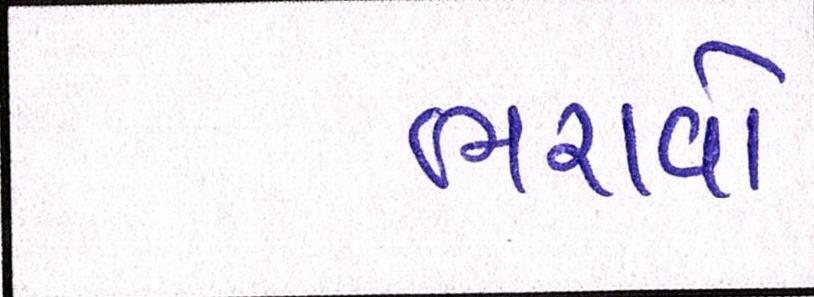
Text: ભરાવોઃ